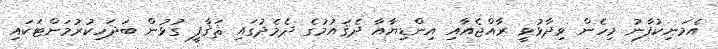
އެމަނިކުފާނު މިހެން ވިދާޅުވީ ރާއްޖެއާއި އިންޑިޔާއާ ދެޤައުމުގެ ދެމެދުގައި ޘަޤާފީ ގުޅުން ބަދަހިކުރުމަށްޓަކައި